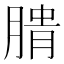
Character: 𰮺